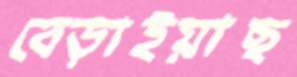
বেড়াইয়াছ